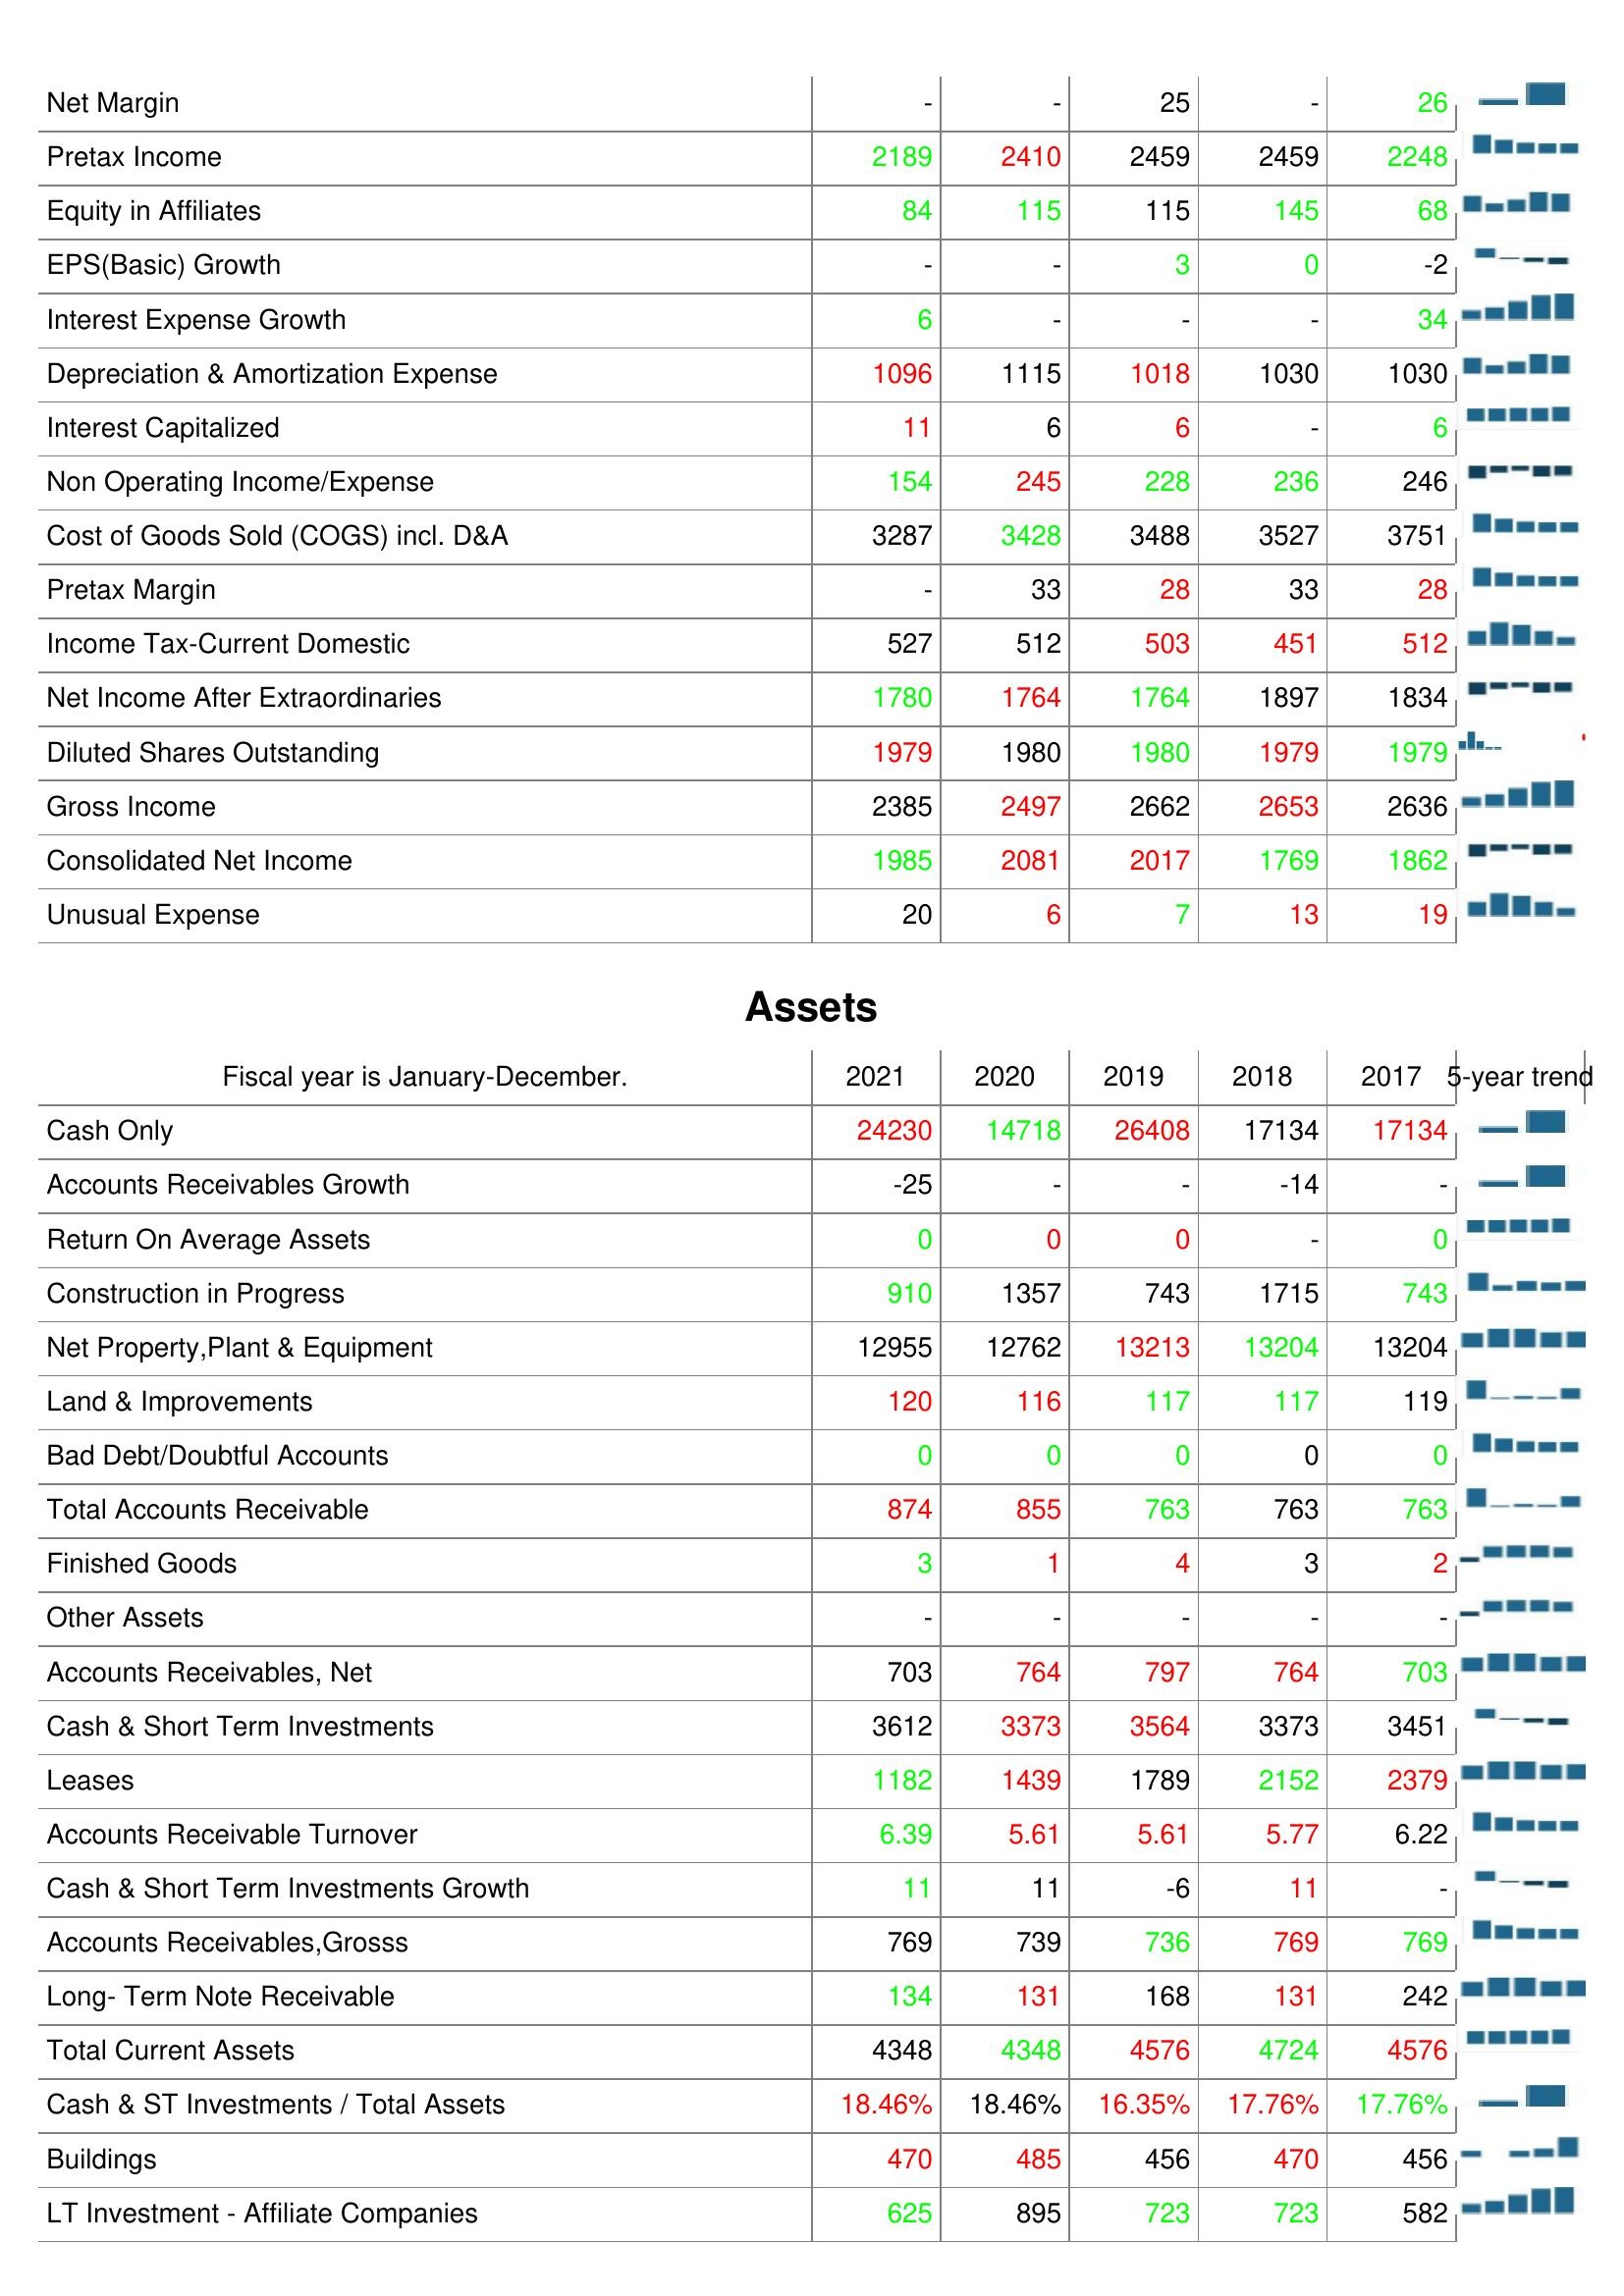
2021: : Net Margin: -
Pretax Income: 2189
Equity in Affiliates: 84
EPS(Basic) Growth: -
Interest Expense Growth: 6
Depreciation & Amortization Expense: 1096
Interest Capitalized: 11
Non Operating Income/Expense: 154
Cost of Goods Sold (COGS) incl. D&A: 3287
Pretax Margin: -
Income Tax-Current Domestic: 527
Net Income After Extraordinaries: 1780
Diluted Shares Outstanding: 1979
Gross Income: 2385
Consolidated Net Income: 1985
Unusual Expense: 20
Assets: Cash Only: 24230
Accounts Receivables Growth: -25
Return On Average Assets: 0
Construction in Progress: 910
Net Property,Plant & Equipment: 12955
Land & Improvements: 120
Bad Debt/Doubtful Accounts: 0
Total Accounts Receivable: 874
Finished Goods: 3
Other Assets: -
Accounts Receivables, Net: 703
Cash & Short Term Investments: 3612
Leases: 1182
Accounts Receivable Turnover: 6.39
Cash & Short Term Investments Growth: 11
Accounts Receivables,Grosss: 769
Long- Term Note Receivable: 134
Total Current Assets: 4348
Cash & ST Investments / Total Assets: 18.46%
Buildings: 470
LT Investment - Affiliate Companies: 625
2020: : Net Margin: -
Pretax Income: 2410
Equity in Affiliates: 115
EPS(Basic) Growth: -
Interest Expense Growth: -
Depreciation & Amortization Expense: 1115
Interest Capitalized: 6
Non Operating Income/Expense: 245
Cost of Goods Sold (COGS) incl. D&A: 3428
Pretax Margin: 33
Income Tax-Current Domestic: 512
Net Income After Extraordinaries: 1764
Diluted Shares Outstanding: 1980
Gross Income: 2497
Consolidated Net Income: 2081
Unusual Expense: 6
Assets: Cash Only: 14718
Accounts Receivables Growth: -
Return On Average Assets: 0
Construction in Progress: 1357
Net Property,Plant & Equipment: 12762
Land & Improvements: 116
Bad Debt/Doubtful Accounts: 0
Total Accounts Receivable: 855
Finished Goods: 1
Other Assets: -
Accounts Receivables, Net: 764
Cash & Short Term Investments: 3373
Leases: 1439
Accounts Receivable Turnover: 5.61
Cash & Short Term Investments Growth: 11
Accounts Receivables,Grosss: 739
Long- Term Note Receivable: 131
Total Current Assets: 4348
Cash & ST Investments / Total Assets: 18.46%
Buildings: 485
LT Investment - Affiliate Companies: 895
2019: : Net Margin: 25
Pretax Income: 2459
Equity in Affiliates: 115
EPS(Basic) Growth: 3
Interest Expense Growth: -
Depreciation & Amortization Expense: 1018
Interest Capitalized: 6
Non Operating Income/Expense: 228
Cost of Goods Sold (COGS) incl. D&A: 3488
Pretax Margin: 28
Income Tax-Current Domestic: 503
Net Income After Extraordinaries: 1764
Diluted Shares Outstanding: 1980
Gross Income: 2662
Consolidated Net Income: 2017
Unusual Expense: 7
Assets: Cash Only: 26408
Accounts Receivables Growth: -
Return On Average Assets: 0
Construction in Progress: 743
Net Property,Plant & Equipment: 13213
Land & Improvements: 117
Bad Debt/Doubtful Accounts: 0
Total Accounts Receivable: 763
Finished Goods: 4
Other Assets: -
Accounts Receivables, Net: 797
Cash & Short Term Investments: 3564
Leases: 1789
Accounts Receivable Turnover: 5.61
Cash & Short Term Investments Growth: -6
Accounts Receivables,Grosss: 736
Long- Term Note Receivable: 168
Total Current Assets: 4576
Cash & ST Investments / Total Assets: 16.35%
Buildings: 456
LT Investment - Affiliate Companies: 723
2018: : Net Margin: -
Pretax Income: 2459
Equity in Affiliates: 145
EPS(Basic) Growth: 0
Interest Expense Growth: -
Depreciation & Amortization Expense: 1030
Interest Capitalized: -
Non Operating Income/Expense: 236
Cost of Goods Sold (COGS) incl. D&A: 3527
Pretax Margin: 33
Income Tax-Current Domestic: 451
Net Income After Extraordinaries: 1897
Diluted Shares Outstanding: 1979
Gross Income: 2653
Consolidated Net Income: 1769
Unusual Expense: 13
Assets: Cash Only: 17134
Accounts Receivables Growth: -14
Return On Average Assets: -
Construction in Progress: 1715
Net Property,Plant & Equipment: 13204
Land & Improvements: 117
Bad Debt/Doubtful Accounts: 0
Total Accounts Receivable: 763
Finished Goods: 3
Other Assets: -
Accounts Receivables, Net: 764
Cash & Short Term Investments: 3373
Leases: 2152
Accounts Receivable Turnover: 5.77
Cash & Short Term Investments Growth: 11
Accounts Receivables,Grosss: 769
Long- Term Note Receivable: 131
Total Current Assets: 4724
Cash & ST Investments / Total Assets: 17.76%
Buildings: 470
LT Investment - Affiliate Companies: 723
2017: : Net Margin: 26
Pretax Income: 2248
Equity in Affiliates: 68
EPS(Basic) Growth: -2
Interest Expense Growth: 34
Depreciation & Amortization Expense: 1030
Interest Capitalized: 6
Non Operating Income/Expense: 246
Cost of Goods Sold (COGS) incl. D&A: 3751
Pretax Margin: 28
Income Tax-Current Domestic: 512
Net Income After Extraordinaries: 1834
Diluted Shares Outstanding: 1979
Gross Income: 2636
Consolidated Net Income: 1862
Unusual Expense: 19
Assets: Cash Only: 17134
Accounts Receivables Growth: -
Return On Average Assets: 0
Construction in Progress: 743
Net Property,Plant & Equipment: 13204
Land & Improvements: 119
Bad Debt/Doubtful Accounts: 0
Total Accounts Receivable: 763
Finished Goods: 2
Other Assets: -
Accounts Receivables, Net: 703
Cash & Short Term Investments: 3451
Leases: 2379
Accounts Receivable Turnover: 6.22
Cash & Short Term Investments Growth: -
Accounts Receivables,Grosss: 769
Long- Term Note Receivable: 242
Total Current Assets: 4576
Cash & ST Investments / Total Assets: 17.76%
Buildings: 456
LT Investment - Affiliate Companies: 582